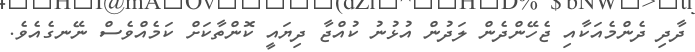
ދާދި ދެންމެއަކާއި ޖެހޭންދެން ލަދުން އުޅުނު ކުއްޖާ ދިޔައީ ކޮންތާކަށް ކަމެއްވެސް ނޭނގެއެވެ.